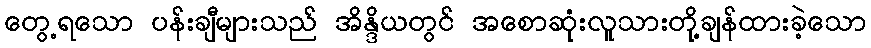
တွေ့ရသော ပန်းချီများသည် အိန္ဒိယတွင် အစောဆုံးလူသားတို့ချန်ထားခဲ့သော